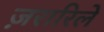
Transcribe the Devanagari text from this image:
ज़रारिले